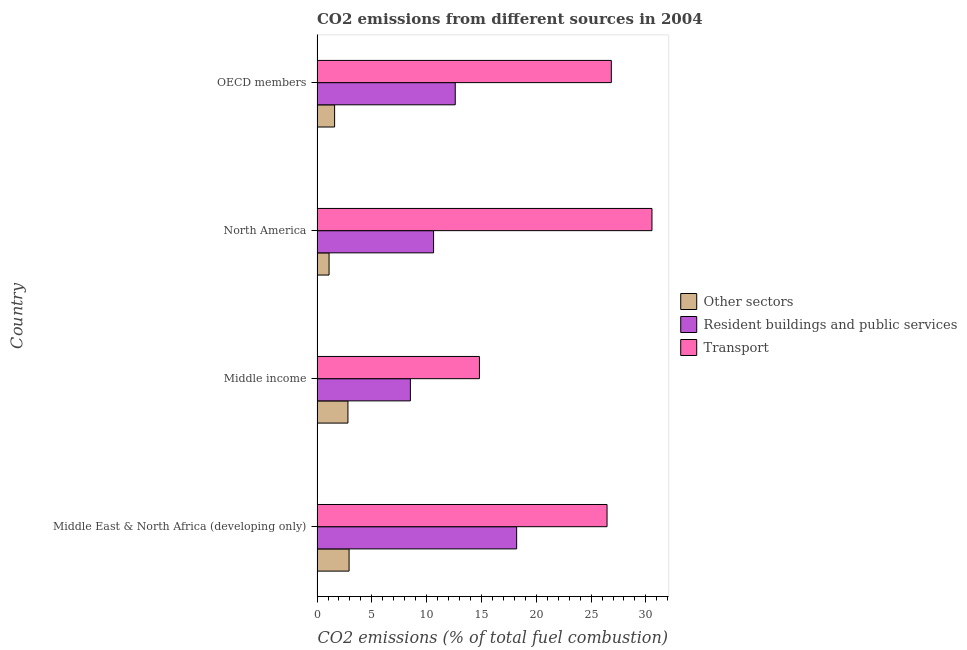
| Country | Other sectors | Resident buildings and public services | Transport |
 | --- | --- | --- | --- |
 | Middle East & North Africa (developing only) | 2.92 | 18.2 | 26.5 |
 | Middle income | 2.82 | 8.51 | 14.8 |
 | North America | 1.1 | 10.6 | 30.6 |
 | OECD members | 1.6 | 12.6 | 26.8 |